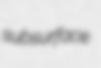
subsurface